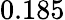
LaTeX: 0.185